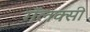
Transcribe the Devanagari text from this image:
गॅलक्सी